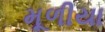
મૂળીયા